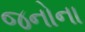
જનોના